Lunatic asylums Central Provinces reports 1874-1885 - 1874-1885
Year: 1874
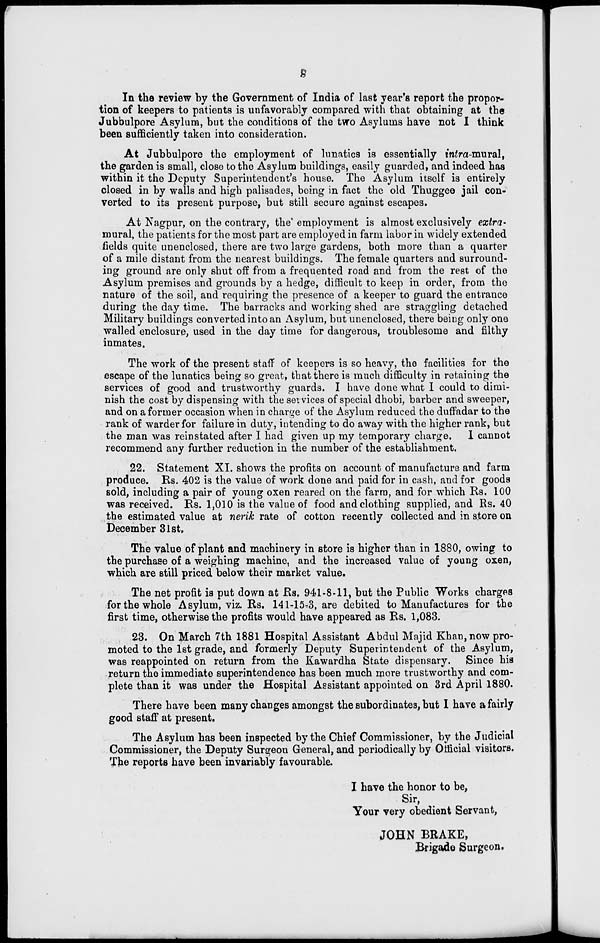
8
In the review by the Government of India of last year's report the propor-
tion of keepers to patients is unfavorably compared with that obtaining at the
Jubbulpore Asylum, but the conditions of the two Asylums have not I think
been sufficiently taken into consideration.
At Jubbulpore the employment of lunatics is essentially intra-mural,
the garden is small, close to the Asylum buildings, easily guarded, and indeed has
within it the Deputy Superintendent's house. The Asylum itself is entirely
closed in by walls and high palisades, being in fact the old Thuggee jail con-
verted to its present purpose, but still secure against escapes.
At Nagpur, on the contrary, the employment is almost exclusively extra-
mural, the patients for the most part are employed in farm labor in widely extended
fields quite unenclosed, there are two large gardens, both more than a quarter
of a mile distant from the nearest buildings. The female quarters and surround-
ing ground are only shut off from a frequented road and from the rest of the
Asylum premises and grounds by a hedge, difficult to keep in order, from the
nature of the soil, and requiring the presence of a keeper to guard the entrance
during the day time. The barracks and working shed are straggling detached
Military buildings converted into an Asylum, but unenclosed, there being only one
walled enclosure, used in the day time for dangerous, troublesome and filthy
inmates.
The work of the present staff of keepers is so heavy, the facilities for the
escape of the lunatics being so great, that there is much difficulty in retaining the
services of good and trustworthy guards. I have done what 1 could to dimi-
nish the cost by dispensing with the services of special dhobi, barber and sweeper,
and on a former occasion when in charge of the Asylum reduced the duffadar to the
rank of warder for failure in duty, intending to do away with the higher rank, but
the man was reinstated after I had given up my temporary charge. I cannot
recommend any further reduction in the number of the establishment.
22. Statement XI. shows the profits on account of manufacture and farm
produce. Rs. 402 is the value of work done and paid for in cash, and for goods
sold, including a pair of young oxen reared on the farm, and for which Rs. 100
was received. Rs. 1,010 is the value of food and clothing supplied, and Rs. 40
the estimated value at nerik rate of cotton recently collected and in store on
December 31st.
The value of plant and machinery in store is higher than in 1880, owing to
the purchase of a weighing machine. and the increased value of young oxen,
which are still priced below their market value.
The net profit is put down at Rs. 941-8-11, but the Public Works charges
for the whole Asylum, viz. Rs. 141-15-3, are debited to Manufactures for the
first time, otherwise the profits would have appeared as Rs. 1,083.
23. On March 7th 1881 Hospital Assistant Abdul Majid Khan, now pro-
moted to the 1st grade, and formerly Deputy Superintendent of the Asylum,
was reappointed on return from the Kawardha State dispensary. Since his
return the immediate superintendence has been much more trustworthy and com-
plete than it was under the Hospital Assistant appointed on 3rd April 1880.
There have been many changes amongst the subordinates, but I have a fairly
good staff at present.
The Asylum has been inspected by the Chief Commissioner, by the Judicial
Commissioner, the Deputy Surgeon General, and periodically by Official visitors.
The reports have been invariably favourable.
I have the honor to be,
Sir,
Your very obedient Servant,
JOHN BRAKE,
Brigade Surgeon.